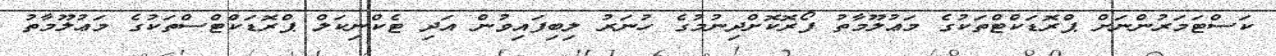
ކަސްޓަމަރުންނަށް ޕްރޮޑަކްޓްތަކުގެ މަޢުލޫމާތު ފޯރޮކޮށްދިނުމުގެ ހުނަރު ލިބިފައިވުން އަދި ޓެކްނިކަލް ޕްރޮޑަކްޓްސްތަކުގެ މަޢުލޫމާތު